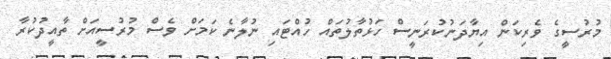
މުރުސީގެ ވެރިކަން އިޔާދަނުކުރަނީސް ހަޅުތާލުތައް ހުއްޓައި ނުލާނެ ކަމަށް ވެސް މުރުސީއަށް ތާއީދުކުރާ